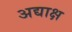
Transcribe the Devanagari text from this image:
अद्याक्ष